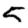
Digit: 5